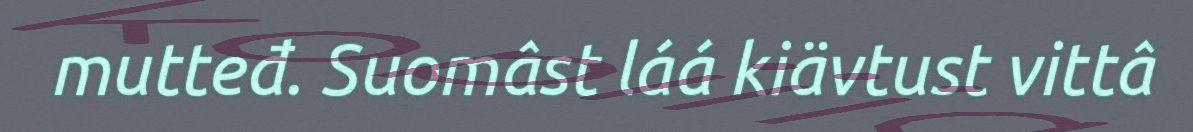
mutteđ. Suomâst láá kiävtust vittâ